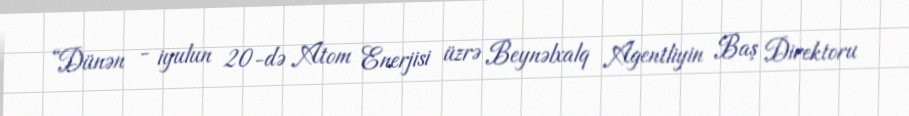
“Dünən - iyulun 20-də Atom Enerjisi üzrə Beynəlxalq Agentliyin Baş Direktoru